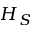
H _ { S }